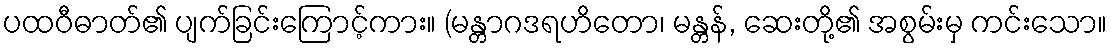
ပထဝီဓာတ်၏ ပျက်ခြင်းကြောင့်ကား။ (မန္တာဂဒရဟိတော၊ မန္တန်, ဆေးတို့၏ အစွမ်းမှ ကင်းသော။